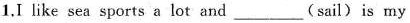
1.I like sea sports a lot and___(sail)is my